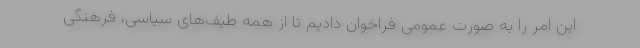
این امر را به صورت عمومی فراخوان دادیم تا از همه طیف‌های سیاسی، فرهنگی